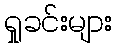
ရှုခင်းများ